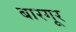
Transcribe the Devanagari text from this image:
बारगूर